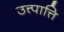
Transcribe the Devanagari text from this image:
उत्त्पात्ति